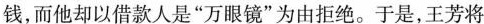
钱，而他却以借款人是”万眼镜”为由拒绝。于是，王芳将